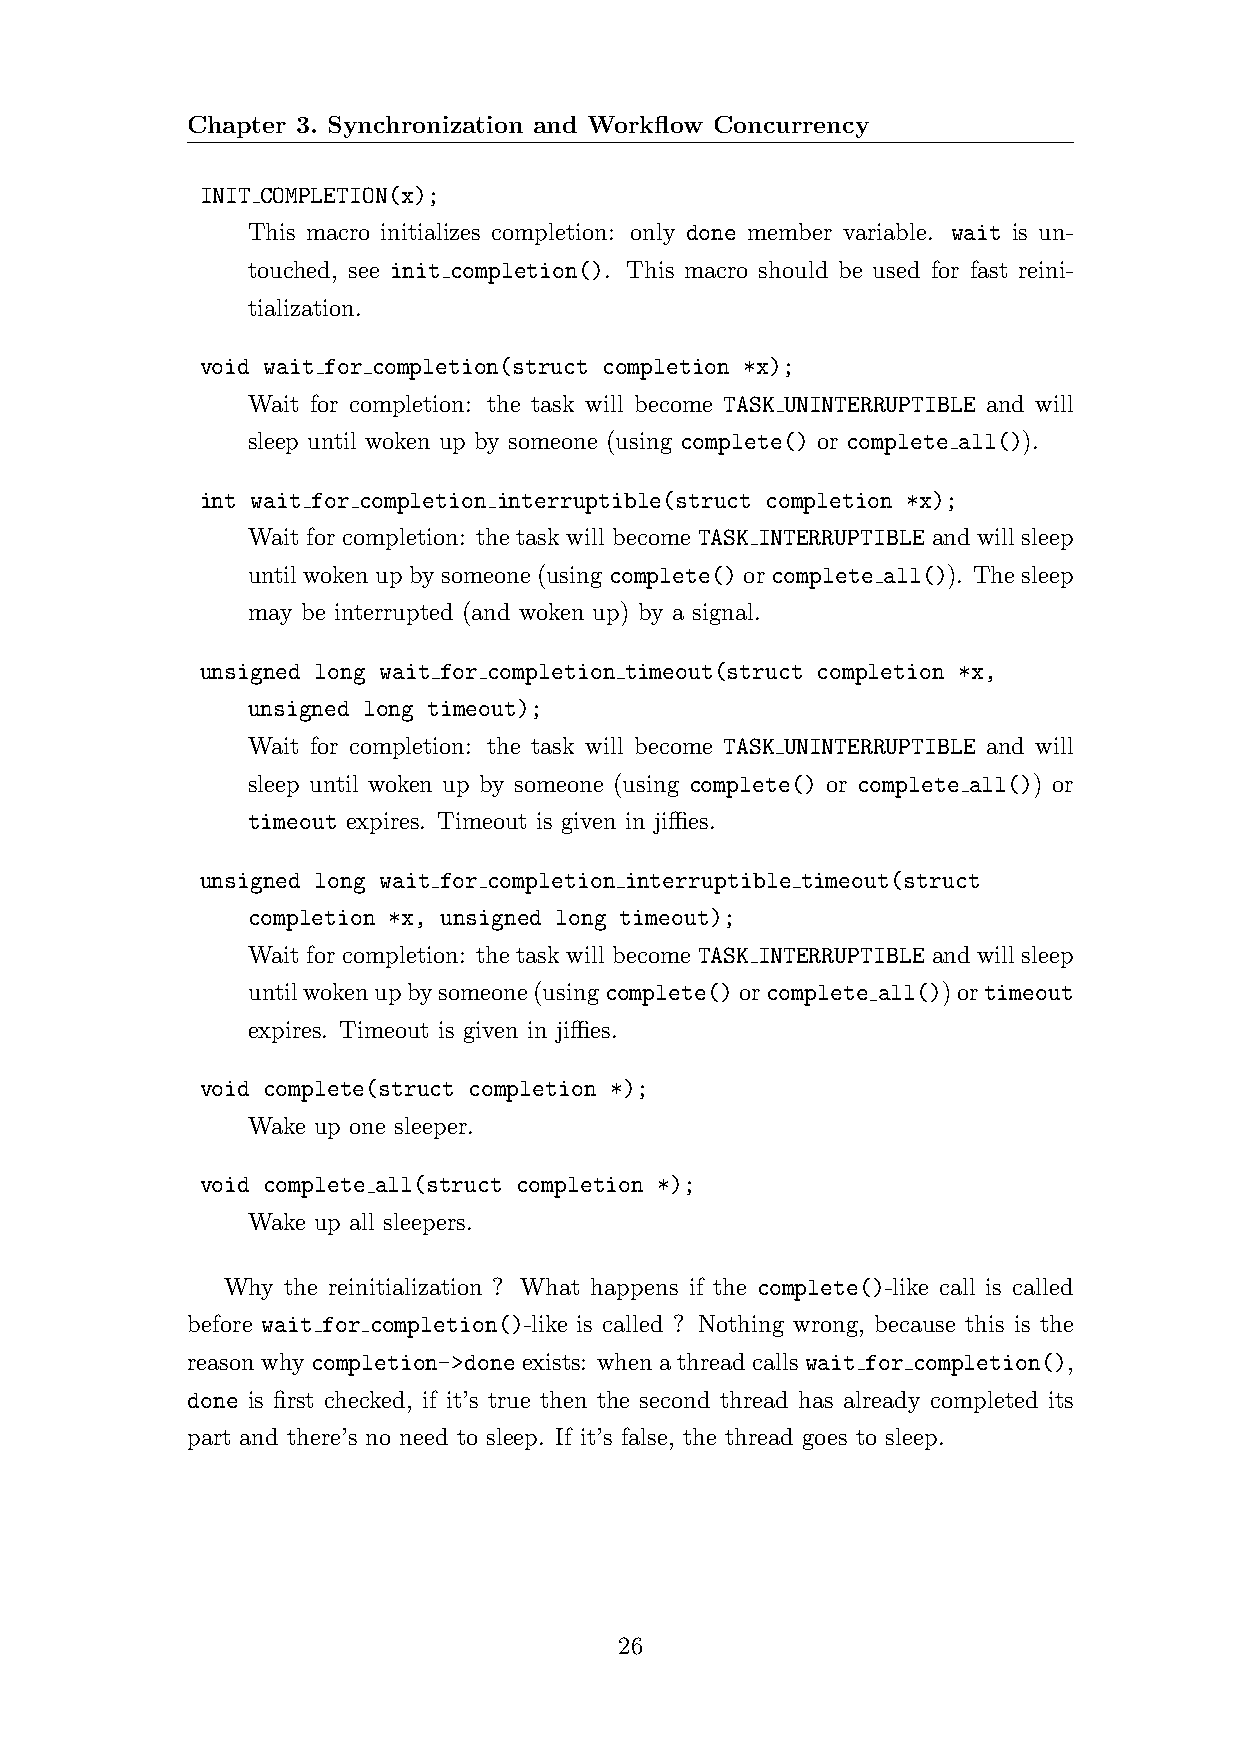
Chapter 3. Synchronization and Workflow Concurrency
 INIT COMPLETION(x);
 This macro initializes completion: only done member variable. wait is un-
 touched, see init completion(). This macro should be used for fast reini-
 tialization.
 void wait for completion(struct completion *x);
 Wait for completion: the task will become TASK UNINTERRUPTIBLE and will
 sleep until woken up by someone (using complete() or complete all()).
 int wait for completion interruptible(struct completion *x);
 Wait for completion: the task will become TASK INTERRUPTIBLE and will sleep
 untilwokenupbysomeone(using complete()orcomplete all()). Thesleep
 may be interrupted (and woken up) by a signal.
 unsigned long wait for completion timeout(struct completion *x,
 unsigned long timeout);
 Wait for completion: the task will become TASK UNINTERRUPTIBLE and will
 sleep until woken up by someone (using complete() or complete all()) or
 timeout expires. Timeout is given in jiffies.
 unsigned long wait for completion interruptible timeout(struct
 completion *x, unsigned long timeout);
 Wait for completion: the task will become TASK INTERRUPTIBLE and will sleep
 untilwokenupbysomeone(usingcomplete()orcomplete all())ortimeout
 expires. Timeout is given in jiffies.
 void complete(struct completion *);
 Wake up one sleeper.
 void complete all(struct completion *);
 Wake up all sleepers.
 Why the reinitialization ? What happens if the complete()-like call is called
 before wait for completion()-like is called ? Nothing wrong, because this is the
 reasonwhy completion->doneexists: whenathreadcallswait for completion(),
 done is first checked, if it’s true then the second thread has already completed its
 part and there’s no need to sleep. If it’s false, the thread goes to sleep.
 26